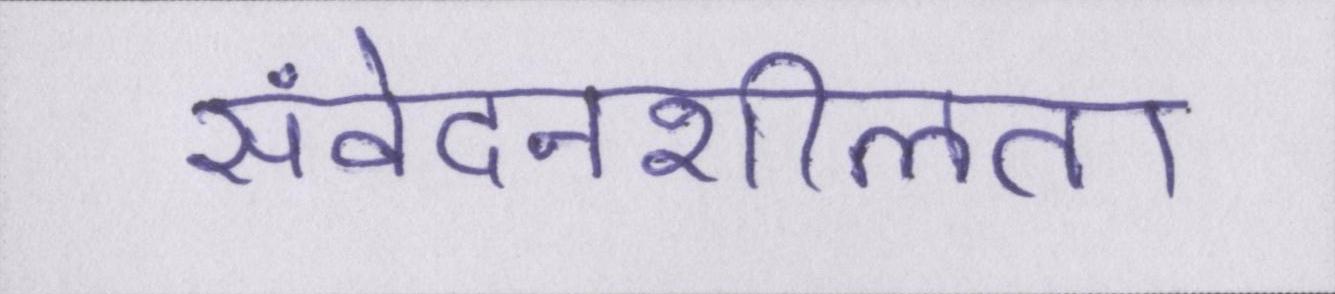
संवेदनशीलता